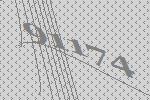
91174